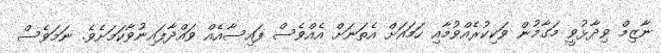
ނާޒިމް ވިދާޅުވީ މަގާމުން ވަކިކުރެއްވުމާއި ހަމައަށް އެތަނަށް އެެއްވެސް ފައިސާއެއް ވައްދާފައިނުވާކަމަށެވެ. ނަމަވެސް